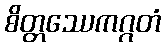
စိတ္တဿေကဂ္ဂတံ